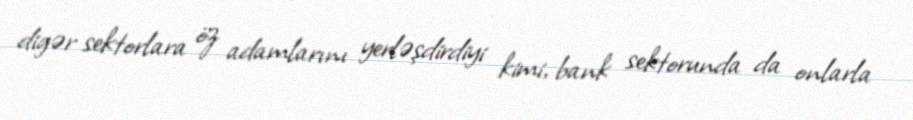
digər sektorlara öz adamlarını yerləşdirdiyi kimi, bank sektorunda da onlarla